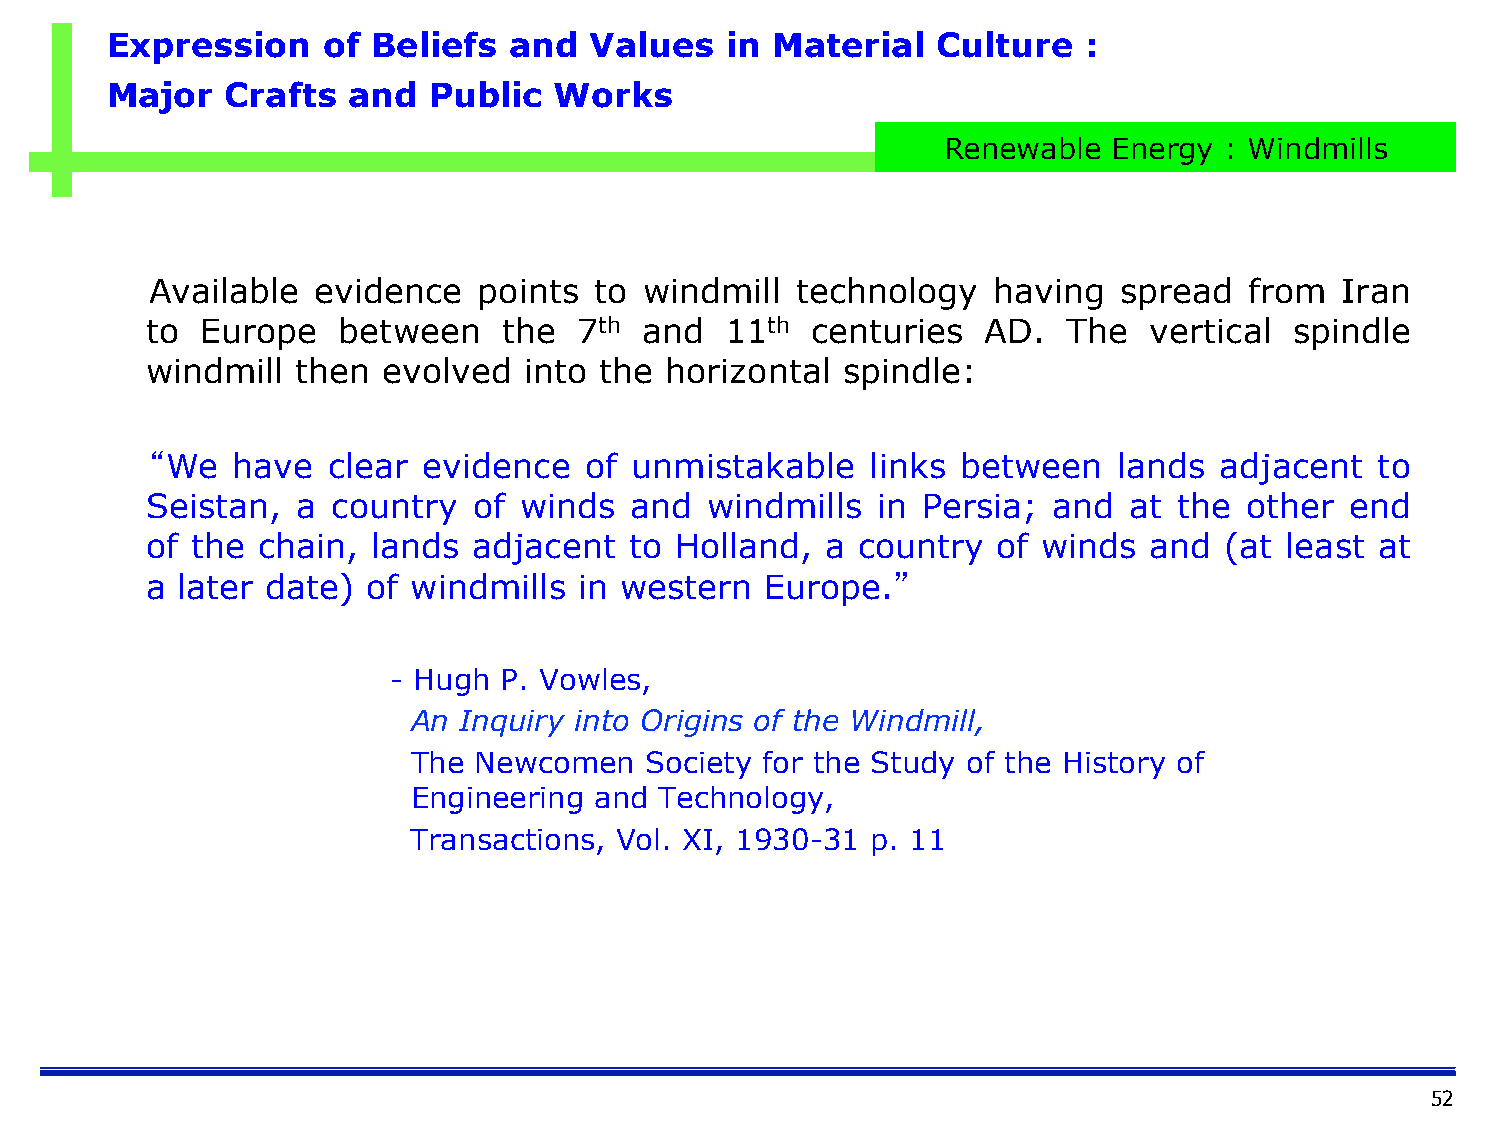
Expression    of  Beliefs  and  Values   in Material   Culture   :
 Major   Crafts  and  Public   Works
 Renewable   Energy : Windmills
 Available  evidence   points to  windmill  technology   having  spread   from  Iran
 to Europe   between    the  7th and   11th  centuries  AD.   The  vertical  spindle
 windmill  then evolved   into the horizontal  spindle:
 “We  have   clear evidence   of unmistakable    links between   lands  adjacent  to
 Seistan,  a country  of winds   and  windmills  in Persia;  and  at the other  end
 of the chain,  lands adjacent   to Holland,  a country  of winds  and  (at least at
 a later date) of windmills  in western   Europe.”
 - Hugh P. Vowles,
 An Inquiry into Origins of the Windmill,
 The Newcomen    Society for the Study of the History of
 Engineering and  Technology,
 Transactions, Vol. XI, 1930-31 p. 11
 52